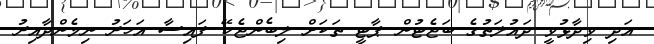
އަދި ވިދާޅުވީ ދައުލަތުގެ ބަޖެޓުން ޕާޓީ ތަކަށް ލިބެންޖެހޭ ފައިސާ އަހަރު ނިމެންދާއިރު